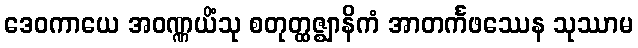
ဒေဝကာယေ အဝဏ္ဏယိံသု စတုတ္ထဇ္ဈာနိကံ အာတင်္ကဖဿေန သုဿာမ